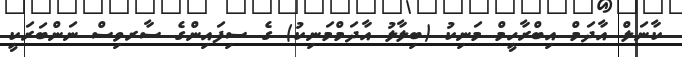
ކާނަލް އާދަމް އިބްރާހީމް މަނިކު (ބިލާލު އާދަމްމަނިކު) ގެ ސިފައިންގެ ސާރވިސް ނަންބަރަކީ